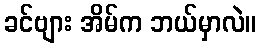
ခင်ဗျား အိမ်က ဘယ်မှာလဲ။